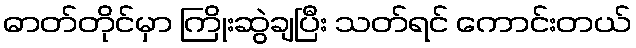
ဓာတ်တိုင်မှာ ကြိုးဆွဲချပြီး သတ်ရင် ကောင်းတယ်